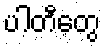
ပါတီတွေ